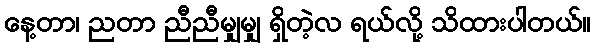
နေ့တာ၊ ညတာ ညီညီမျှမျှ ရှိတဲ့လ ရယ်လို့ သိထားပါတယ်။